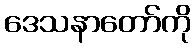
ဒေသနာတော်ကို